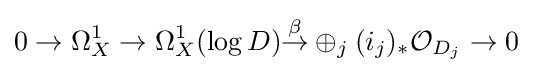
0\to \Omega _{X}^{1}\to \Omega _{X}^{1}(\log D){\overset {\beta }{\to }}\oplus _{j}({i_{j}})_{*}{\mathcal {O}}_{D_{j}}\to 0